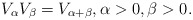
\begin{align*}V_{\alpha}V_{\beta}=V_{\alpha+\beta},\alpha>0,\beta>0.\end{align*}